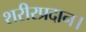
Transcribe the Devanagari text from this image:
शरीरप्रदान।